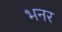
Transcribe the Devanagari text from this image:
भनर